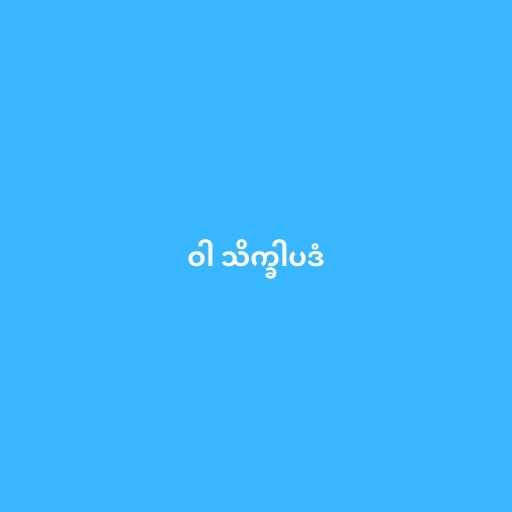
ဝါ သိက္ခါပဒံ